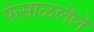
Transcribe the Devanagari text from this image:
फेसाळलेले